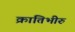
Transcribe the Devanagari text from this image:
क्रांतिभीरु